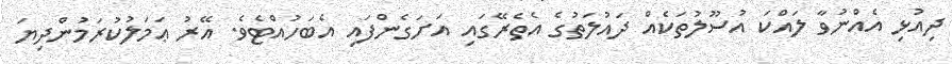
ދިއުޅި އެއްނުވާ ލައްކަ އުސޫލުތަކެއް ދައުލަތުގެ އެތެރޭގައި އަށަގެންފައި އެބަހުއްޓެވެ. އޭރު ޢަމަލުކުރަމުންދިޔަ